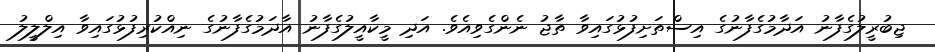
ޖިބުރީލުގެފާނު އަދާމުގެފާނުގެ އިސްތަށިފުޅުގައިވާ ތާޖު ނެންގެވިއެވެ. އަދި މީކާއީލުގެފާނު އާދަމުގެފާނުގެ ނިއްކުރިފުޅުގައިވާ އިލްލީލު